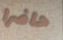
حاضرا